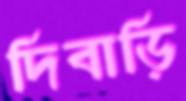
দিবাড়ি